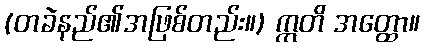
(တခဲနည်၏အဖြစ်တည်း။) ဣတိ အတ္ထော။